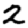
Digit: 2